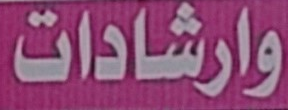
وارشادات